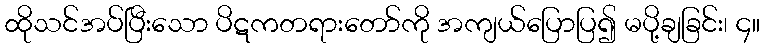
ထိုသင်အပ်ပြီးသော ပိဋကတရားတော်ကို အကျယ်ပြောပြ၍ မပို့ချခြင်း၊ ၄။